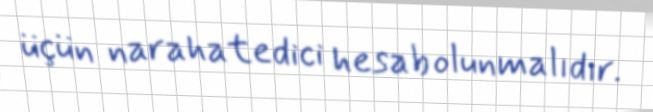
üçün narahatedici hesab olunmalıdır.